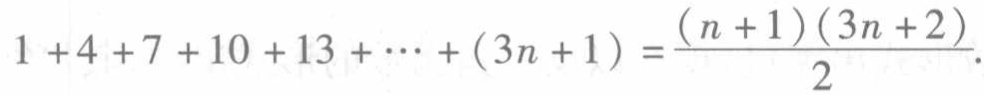
\(1 + 4 + 7 + 10 + 13 + \cdots + (3n + 1) = \frac{(n + 1)(3n + 2)}{2}\)